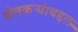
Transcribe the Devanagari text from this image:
शेतकऱ्यांबद्दल